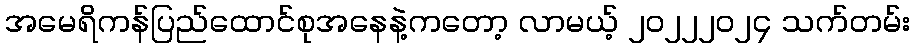
အမေရိကန်ပြည်ထောင်စုအနေနဲ့ကတော့ လာမယ့် ၂၀၂၂၂၀၂၄ သက်တမ်း